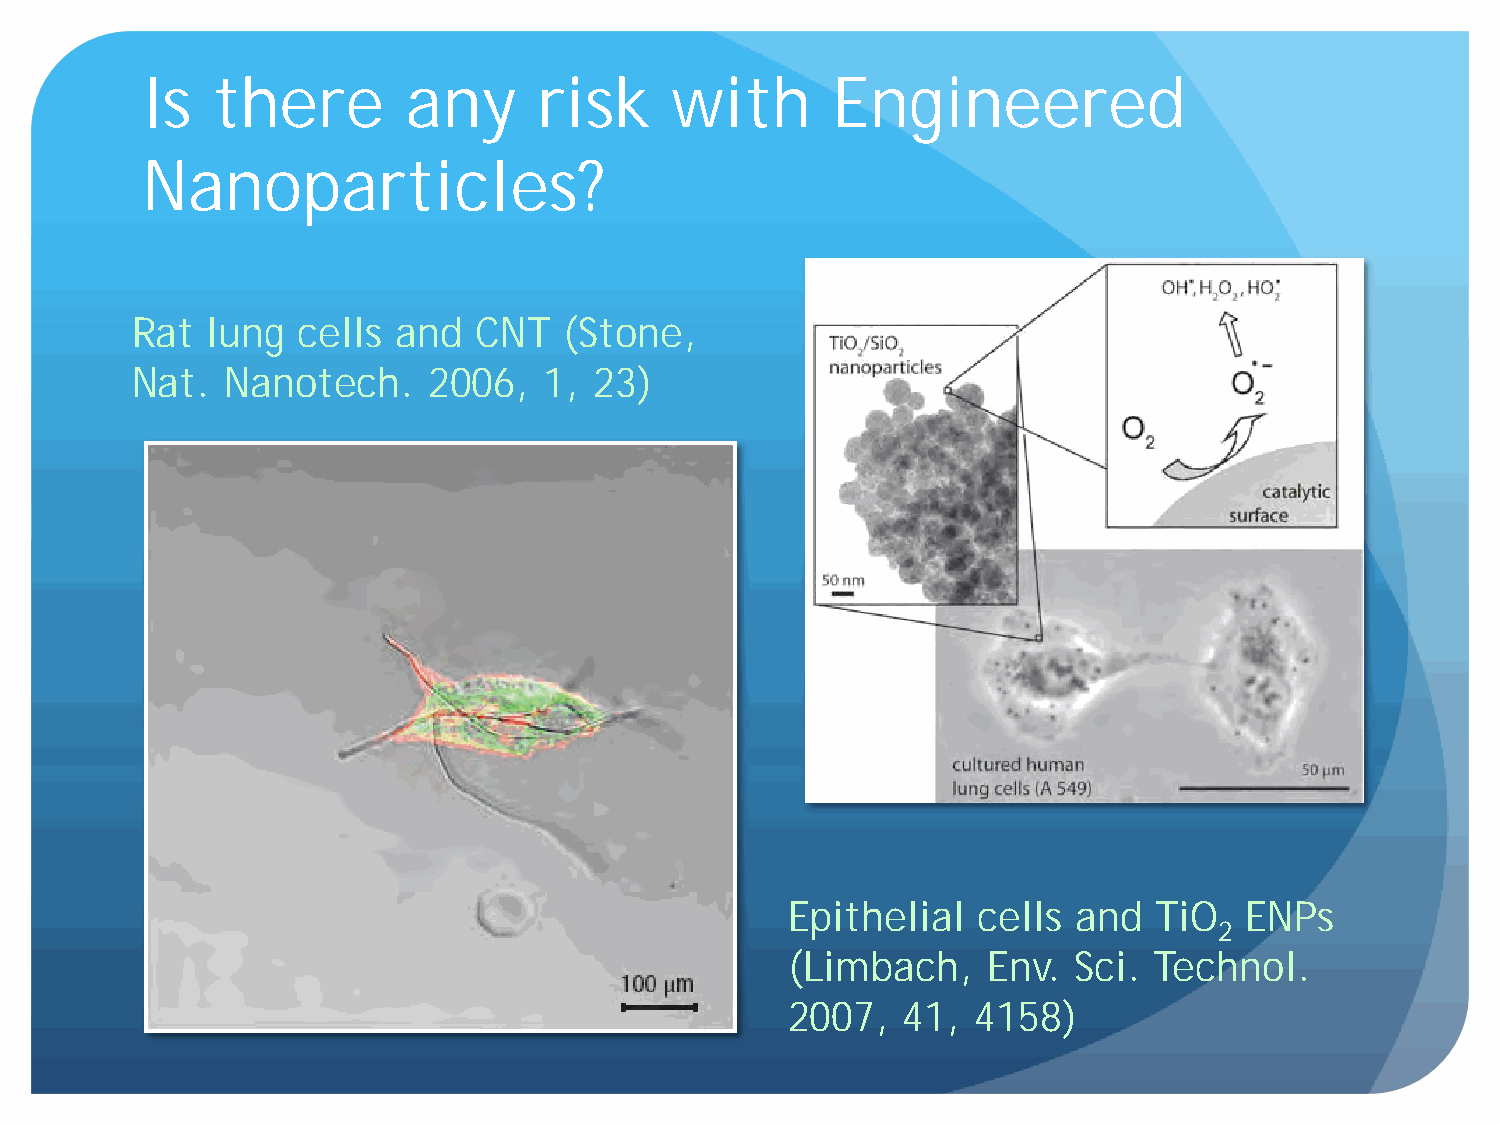
Is   there        any      risk    with       Engineered
 Nanoparticles?
 Rat  lung  cells and   CNT  (Stone,
 Nat.  Nanotech.    2006,   1, 23)
 Epithelial   cells and  TiO   ENPs
 2
 (Limbach,    Env.  Sci. Technol.
 2007,   41,  4158)